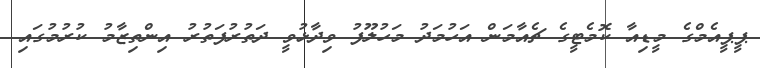
ޕީޕީއެމްގެ މީޑިއާ ކޮމެޓީގެ ޗެއާމަން އަހުމަދު މަހުލޫފު ވިދާޅުވީ ދަތުރުފަތުރު އިންތިޒާމު ކުރުމުގައި